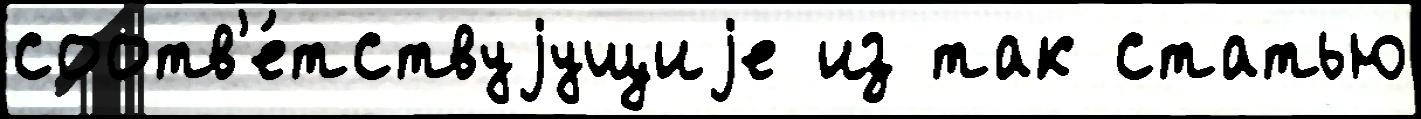
соотв'е́тствуjущиjе из так статью